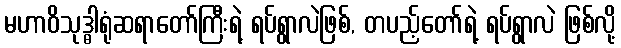
မဟာဝိသုဒ္ဓါရုံဆရာတော်ကြီးရဲ့ ရပ်ရွာလဲဖြစ်, တပည့်တော်ရဲ့ ရပ်ရွာလဲ ဖြစ်လို့